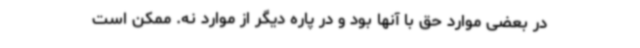
در بعضی موارد حق با آنها بود و در پاره دیگر از موارد نه. ممکن است